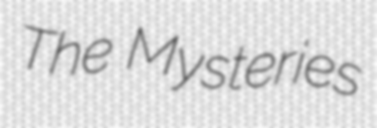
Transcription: The Mysteries